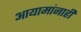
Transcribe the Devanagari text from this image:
आयामांनाही